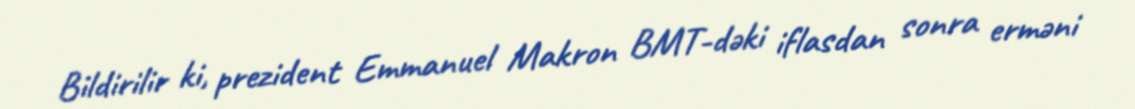
Bildirilir ki, prezident Emmanuel Makron BMT-dəki iflasdan sonra erməni